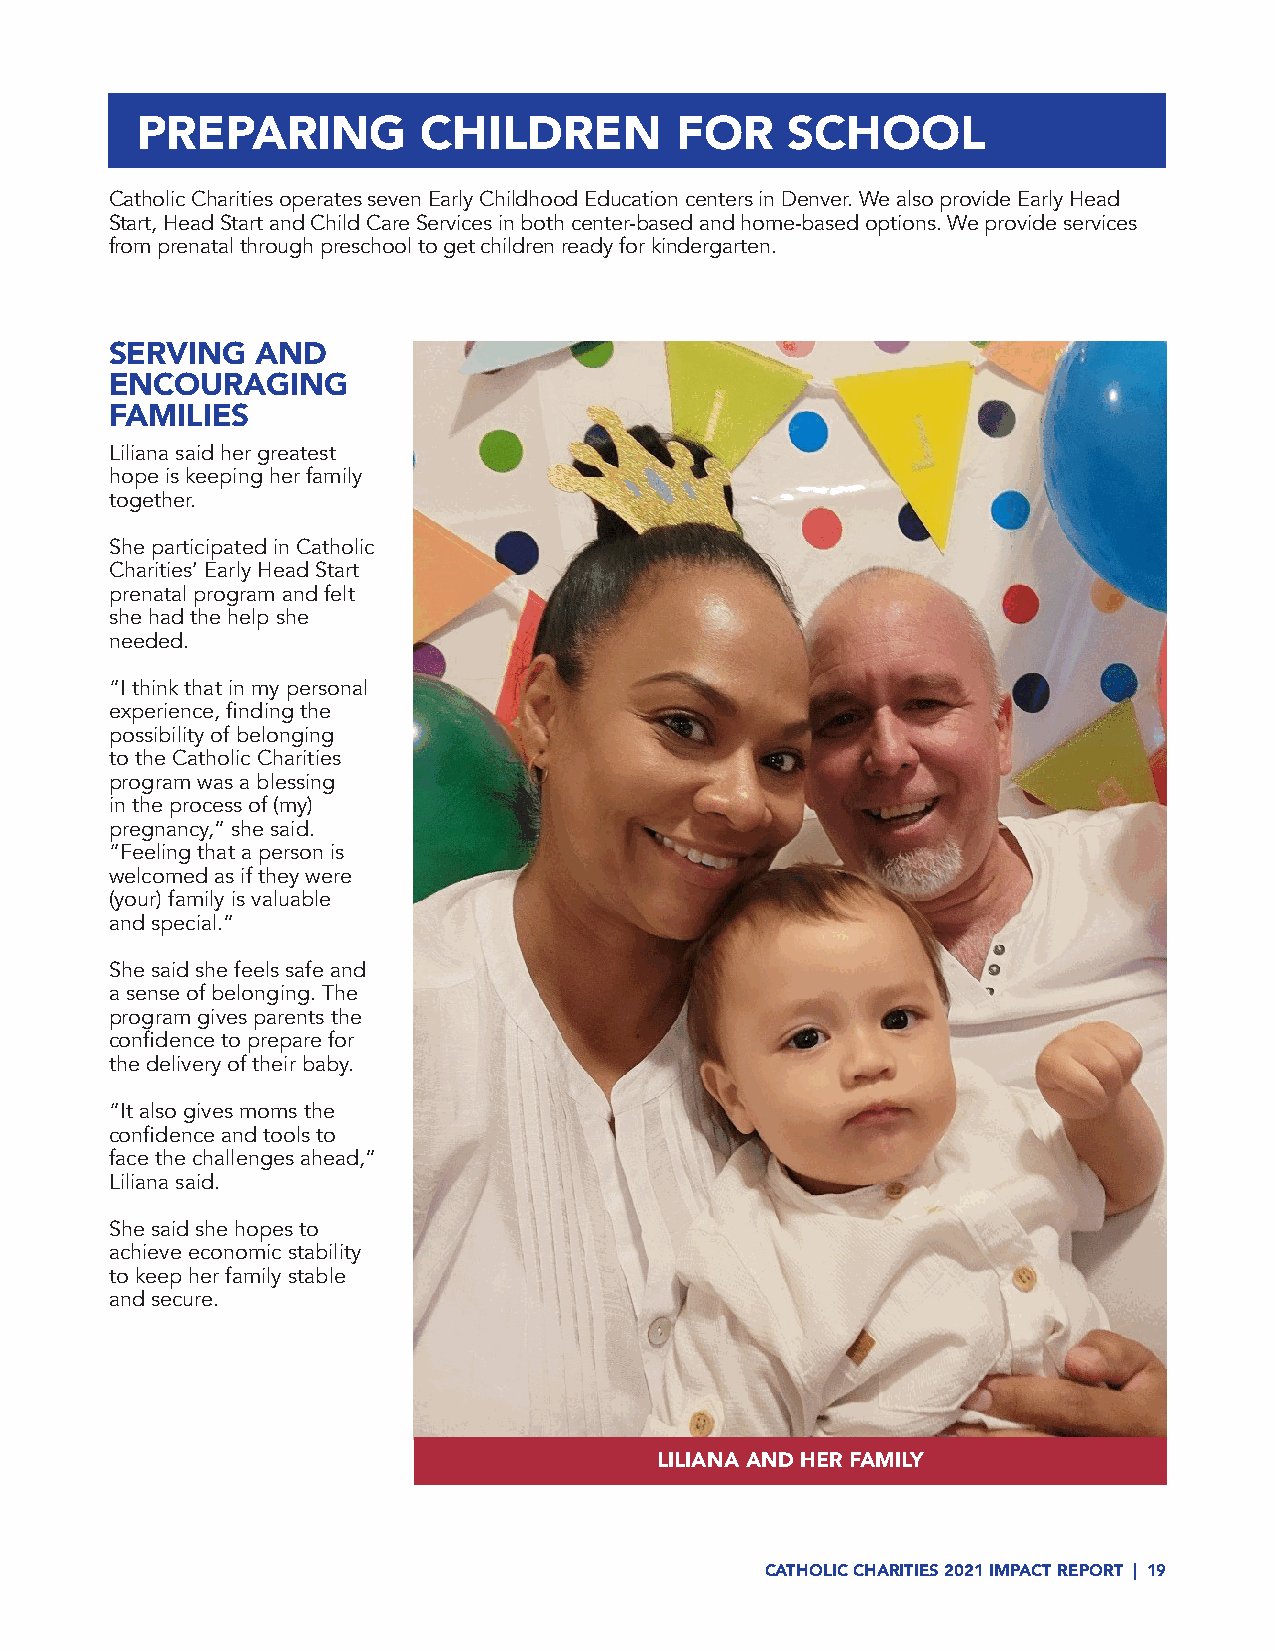
PREPARING          CHILDREN         FOR    SCHOOL
 Catholic Charities operates seven Early Childhood Education centers in Denver. We also provide Early Head
 Start, Head Start and Child Care Services in both center-based and home-based options. We provide services
 from prenatal through preschool to get children ready for kindergarten.
 SERVING   AND
 ENCOURAGING
 FAMILIES
 Liliana said her greatest
 hope is keeping her family
 together.
 She participated in Catholic
 Charities’ Early Head Start
 prenatal program and felt
 she had the help she
 needed.
 “I think that in my personal
 experience, finding the
 possibility of belonging
 to the Catholic Charities
 program was a blessing
 in the process of (my)
 pregnancy,” she said.
 “Feeling that a person is
 welcomed as if they were
 (your) family is valuable
 and special.”
 She said she feels safe and
 a sense of belonging. The
 program gives parents the
 confidence to prepare for
 the delivery of their baby.
 “It also gives moms the
 confidence and tools to
 face the challenges ahead,”
 Liliana said.
 She said she hopes to
 achieve economic stability
 to keep her family stable
 and secure.
 LILIANA AND HER FAMILY
 CATHOLIC CHARITIES 2021 IMPACT REPORT | 19